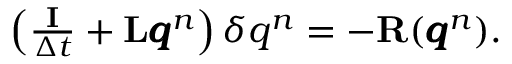
\begin{array} { r } { \left( \frac { \mathbf I } { \Delta t } + \mathbf { L } \pmb q ^ { n } \right) \delta q ^ { n } = - \mathbf { R } ( \pmb q ^ { n } ) . } \end{array}